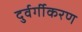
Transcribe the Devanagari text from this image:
दुर्वर्गीकरण